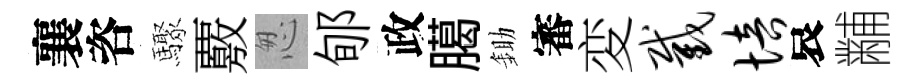
襄咨驟覈怱郇政臈鋤審変截培哀黼